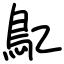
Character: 鳦